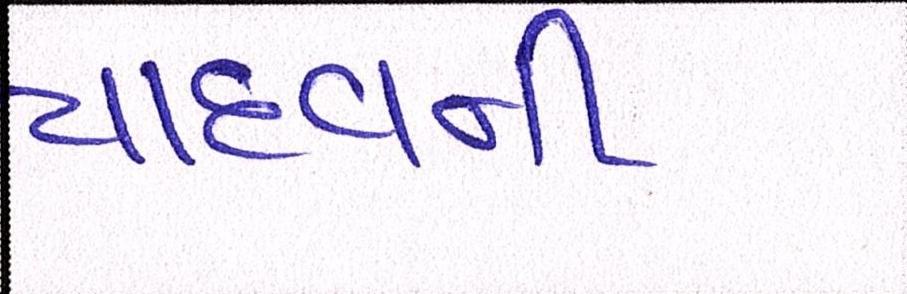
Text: યાદવની